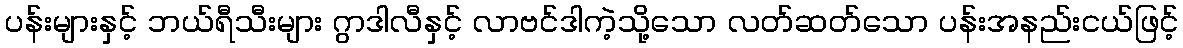
ပန်းများနှင့် ဘယ်ရီသီးများ ဂွာဒါလီနှင့် လာဗင်ဒါကဲ့သို့သော လတ်ဆတ်သော ပန်းအနည်းငယ်ဖြင့်